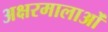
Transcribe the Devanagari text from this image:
अक्षरमालाओं